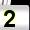
Digit: 2